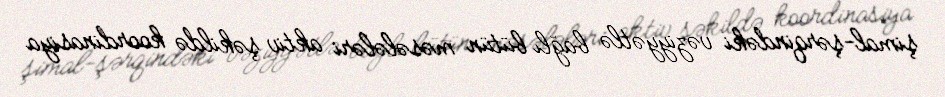
şimal-şərqindəki vəziyyətlə bağlı bütün məsələləri aktiv şəkildə koordinasiya